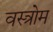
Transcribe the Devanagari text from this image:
वस्त्रोम